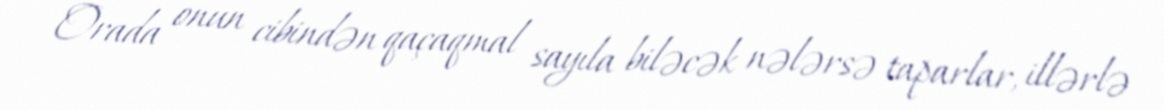
Orada onun cibindən qaçaqmal sayıla biləcək nələrsə taparlar, illərlə